Malaria in the Duars
Disease focus: Malaria
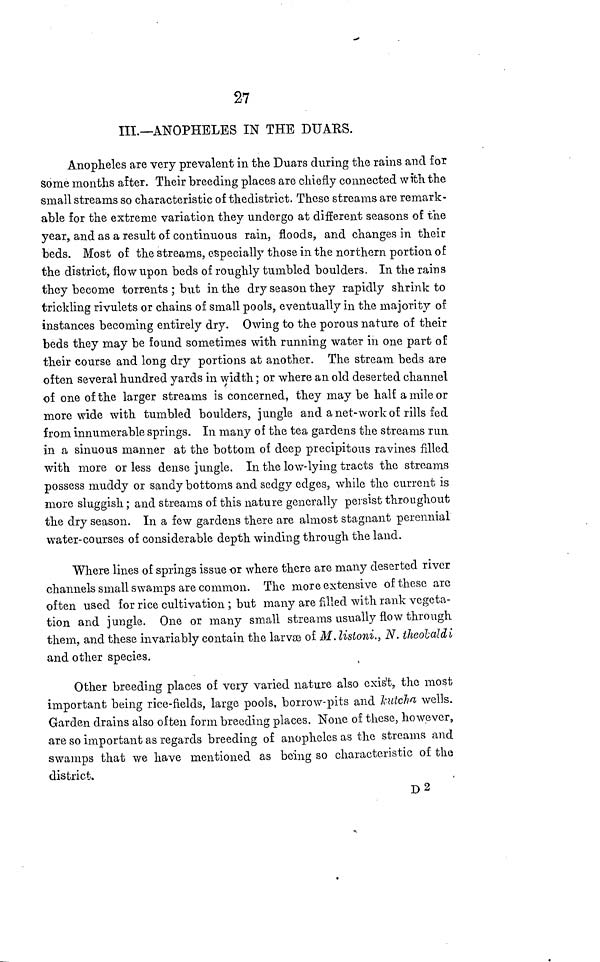
27
III.—ANOPHELES IN THE DUARS.
Anopheles are very prevalent in the Duars during the rains and for
some months after. Their breeding places are chiefly connected with the
small streams so characteristic of thedistrict. These streams are remark-
able for the extreme variation they undergo at different seasons of the
year, and as a result of continuous rain, floods, and changes in their
beds. Most of the streams, especially those in the northern portion of
the district, flow upon beds of roughly tumbled boulders. In the rains
they become torrents ; but in the dry season they rapidly shrink to
trickling rivulets or chains of small pools, eventually in the majority of
instances becoming entirely dry. Owing to the porous nature of their
beds they may be found sometimes with running water in one part of
their course and long dry portions at another. The stream beds are
often several hundred yards in width ; or where an old deserted channel
of one of the larger streams is concerned, they may be half a mile or
more wide with tumbled boulders, jungle and a net-work of rills fed
from innumerable springs. In many of the tea gardens the streams run
in a sinuous manner at the bottom of deep precipitous ravines filled
with more or less dense jungle. In the low-lying tracts the streams
possess muddy or sandy bottoms and sedgy edges, while the current is
more sluggish ; and streams of this nature generally persist throughout
the dry season. In a few gardens there are almost stagnant perennial
water-courses of considerable depth winding through the land.
Where lines of springs issue or where there are many deserted river
channels small swamps are common. The more extensive of these are
often used for rice cultivation ; but many are filled with rank vegeta-
tion and jungle. One or many small streams usually flow through
them, and these invariably contain the larvæ of M. listoni., N. theolaldi
and other species.
Other breeding places of very varied nature also exis't, the most
important being rice-fields, large pools, borrow-pits and kutcha wells.
Garden drains also often form breeding places. None of these, however,
are so important as regards breeding of anopheles as the streams and
swamps that we have mentioned as being so characteristic of the
district.
D2